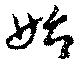
始